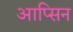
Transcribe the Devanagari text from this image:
आप्सिन